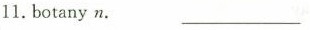
11.botany n. _________